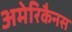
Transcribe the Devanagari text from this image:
अमेरिकैनस